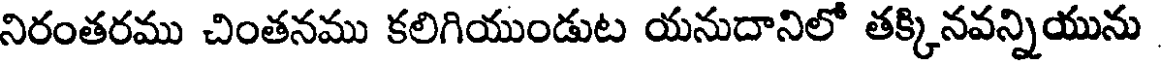
నిరంతరము చింతనము కలిగియుండుట యనుదానిలో తక్కినవన్నియును